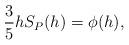
LaTeX: \begin{align*} \begin{aligned} \frac{3}{5}hS_P(h)=\phi(h), \end{aligned} \end{align*}